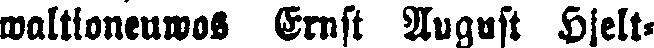
waltloneuwos Ernst August Hjelt-